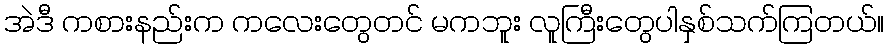
အဲဒီ ကစားနည်းက ကလေးတွေတင် မကဘူး လူကြီးတွေပါနှစ်သက်ကြတယ်။